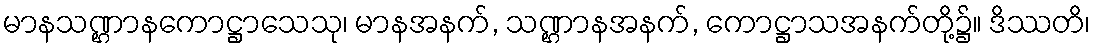
မာနသဏ္ဌာနကောဋ္ဌာသေသု၊ မာနအနက်, သဏ္ဌာနအနက်, ကောဋ္ဌာသအနက်တို့၌။ ဒိဿတိ၊